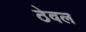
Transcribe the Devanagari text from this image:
ठेवल